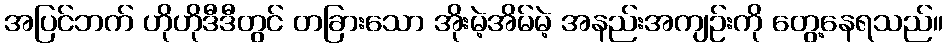
အပြင်ဘက် ဟိုဟိုဒီဒီတွင် တခြားသော အိုးမဲ့အိမ်မဲ့ အနည်းအကျဉ်းကို တွေ့နေရသည်။